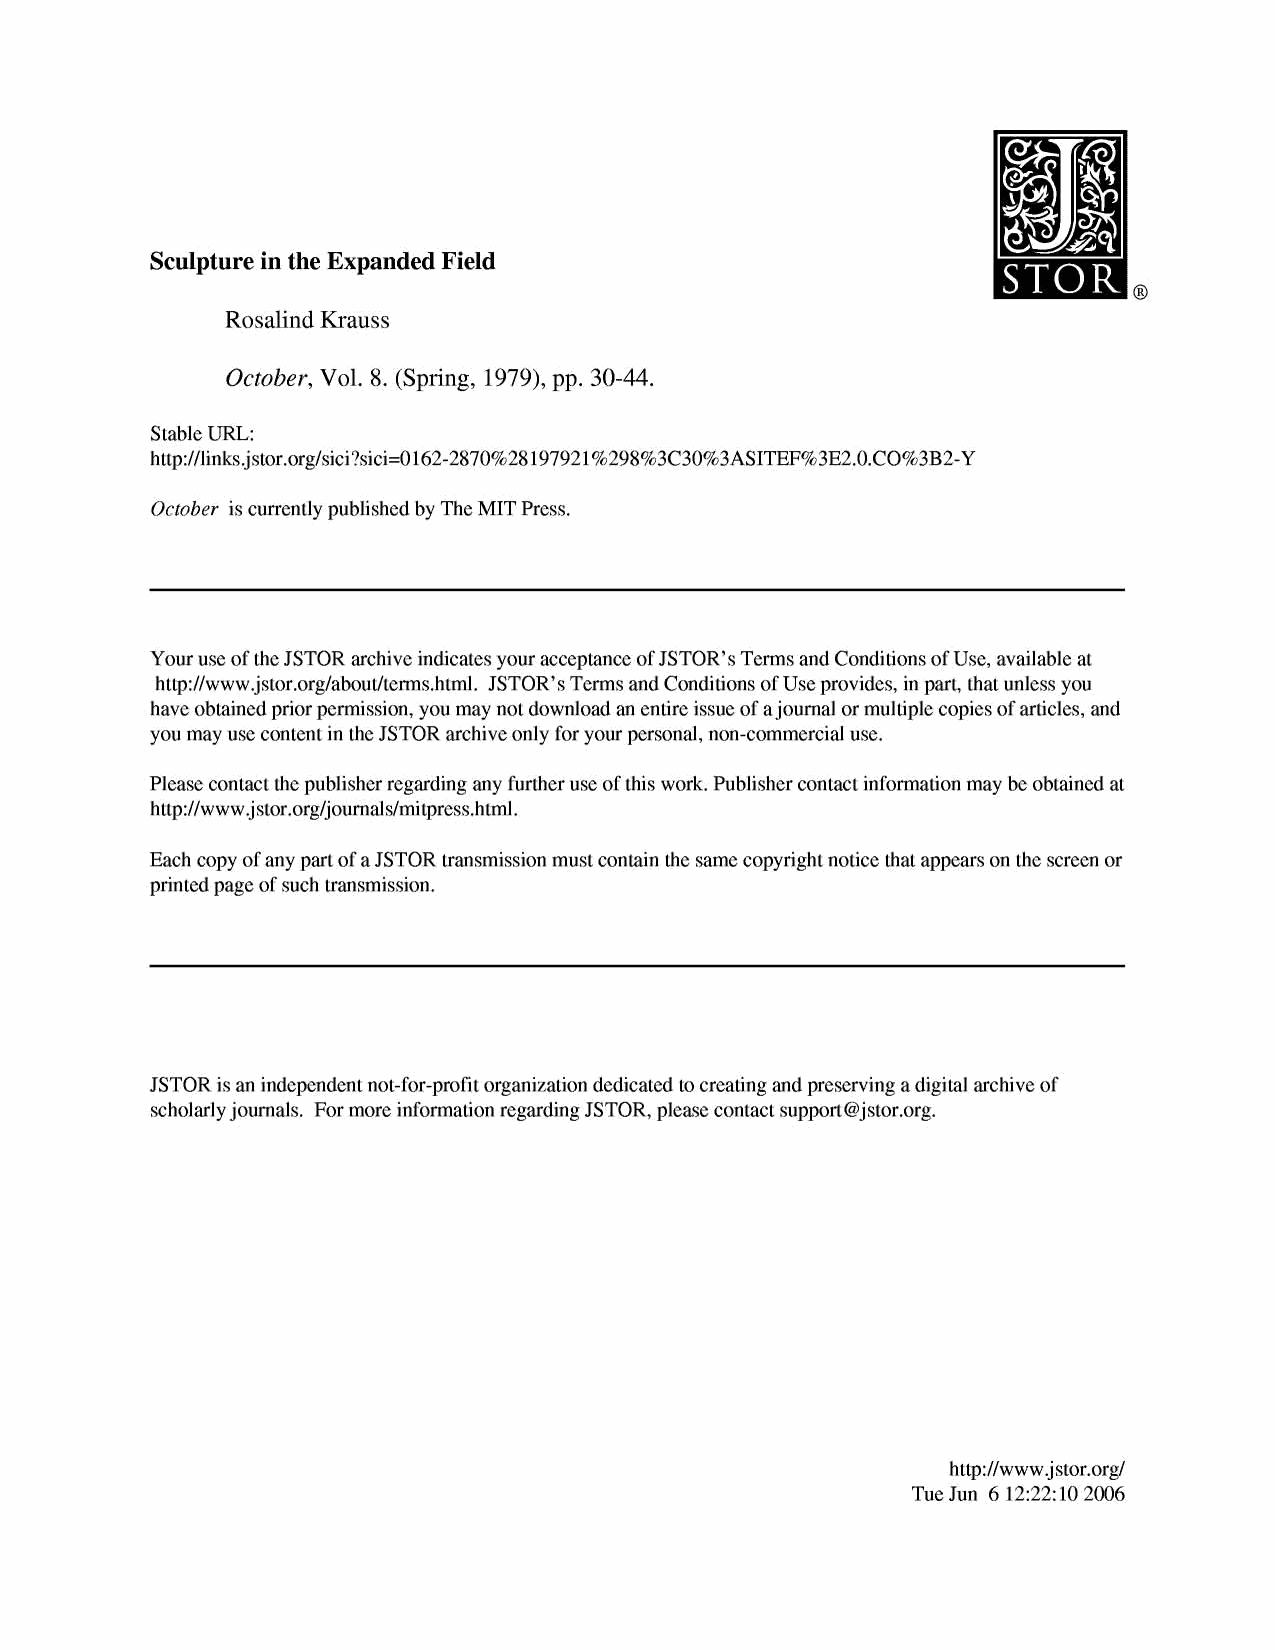
Sculpture in the Expanded Field
 Rosalind Krauss
 October, Vol. 8. (Spring, 1979), pp. 30-44.
 Stable URL:
 http://links.jstor.org/sici?sici=O162-2870%218 97921%298%3C30%3ASITEF%3E2.O.C0%3B2-Y
 October is currently published by The MIT Press.
 Your use of the JSTOR archive indicates your acceptance of JSTOR's Terms and Conditions of Use, available at
 http://www.jstor.org/about/terms.html. JSTOR's Terms and Conditions of Use provides, in part, that unless you
 have obtained prior permission, you may not download an entire issue of a journal or multiple copies of articles, and
 you may use content in the JSTOR archive only for your personal, non-commercial use.
 Please contact the publisher regarding any further use of this work. Publisher contact information may be obtained at
 http://www.js tor.org/journals/mitpress.html.
 Each copy of any part of a JSTOR transmission must contain the same copyright notice that appears on the screen or
 printed page of such transmission.
 JSTOR is an independent not-for-profit organization dedicated to creating and preserving a digital archive of
 scholarly journals. For more information regarding JSTOR, please contact support@jstor.org.
 http://www.jstor.org/
 Tue Jun 6 12:22:1 0 2006